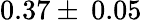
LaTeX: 0.37\pm\: 0.05